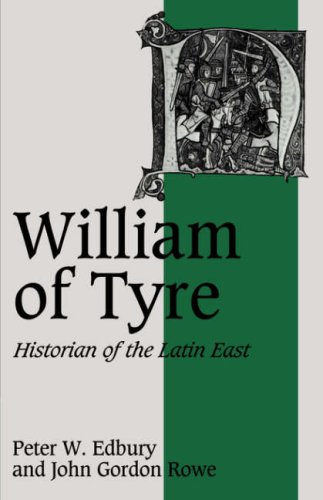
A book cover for William of Tyre: Historian of the Latin East (Cambridge Studies in Medieval Life and Thought: Fourth Series); Peter W. Edbury; History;